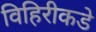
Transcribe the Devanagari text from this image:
विहिरीकडे